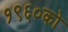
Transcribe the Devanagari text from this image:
१९६०को